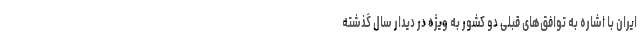
ایران با اشاره به توافق‌های قبلی دو کشور به ویژه در دیدار سال گذشته